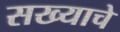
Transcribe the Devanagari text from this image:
सख्याचे